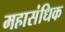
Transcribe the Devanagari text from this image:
महासंधिक